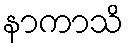
နာကာသိ